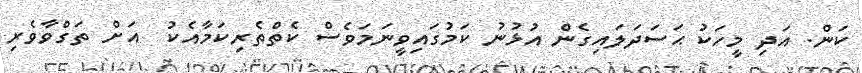
ކަން. އަދި މީހަކު ޙަސަދަލައިގެން އުޅުނު ކަމުގައިވީނަމަވެސް ކެތްތެރިކަމާއެކު  އަށް ތަގްވާވެރި